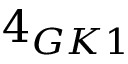
4 _ { G K 1 }